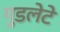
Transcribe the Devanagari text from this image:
गुडलेटे